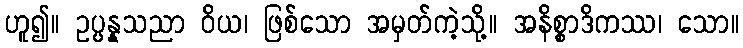
ဟူ၍။ ဥပ္ပန္နသညာ ဝိယ၊ ဖြစ်သော အမှတ်ကဲ့သို့။ အနိစ္စာဒိကဿ၊ သော။